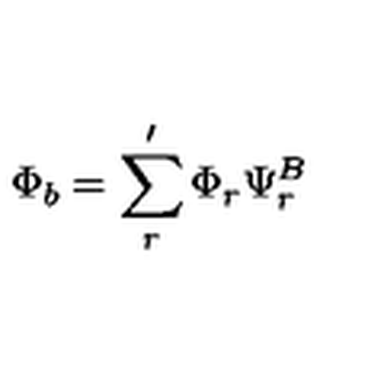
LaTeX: \Phi _ { b } = \sum _ { r } ^ { \prime } \Phi _ { r } \Psi _ { r } ^ { B }